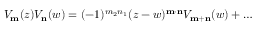
V _ { \bf m } ( z ) V _ { \bf n } ( w ) = ( - 1 ) ^ { m _ { 2 } n _ { 1 } } ( z - w ) ^ { \bf m \cdot n } V _ { \bf m + n } ( w ) + \ldots